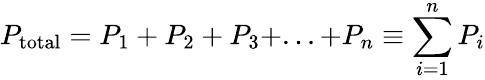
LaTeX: P_{\mathrm{{total}}}=P_{1}+P_{2}+P_{3}+...+P_{n}\equiv\sum_{i=1}^{n}P_{i}